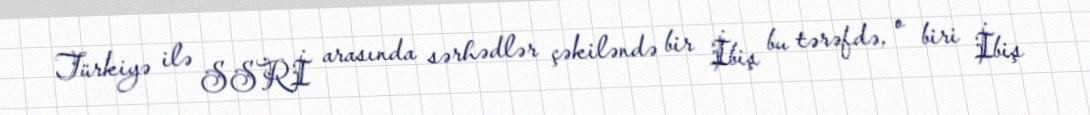
Türkiyə ilə SSRİ arasında sərhədlər çəkiləndə bir İbiş bu tərəfdə, o biri İbiş